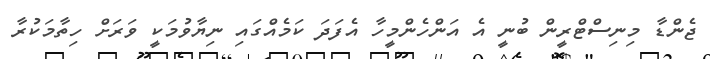
ޖެންޑާ މިނިސްޓްރީން ބުނީ އެ އަންހެންމީހާ އެފަދަ ކަމެއްގައި ނިޔާވުމަކީ ވަރަށް ހިތާމަކުރާ